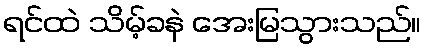
ရင်ထဲ သိမ့်ခနဲ အေးမြသွားသည်။